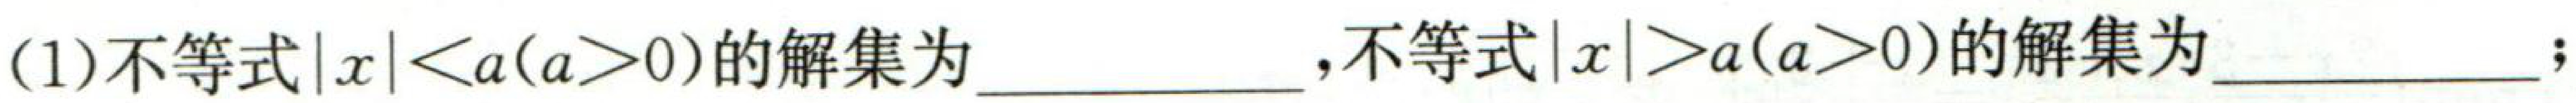
(1)不等式\(\vert x\vert < a(a > 0)\)的解集为\(\underline{\quad\quad}\)，不等式\(\vert x\vert\geq a(a > 0)\)的解集为\(\underline{\quad\quad}\)；